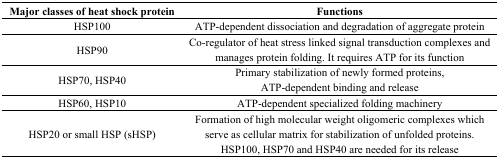
| Major classes of heat shock protein | Functions |
 | --- | --- |
 | HSP100 | ATP-dependent dissociation and degradation of aggregate protein |
 | HSP90 | Co-regulator of heat stress linked signal transduction complexes and manages protein folding. It requires ATP for its function |
 | HSP70, HSP40 | Primary stabilization of newly formed proteins, ATP-dependent binding and release |
 | HSP60, HSP10 | ATP-dependent specialized folding machinery |
 | HSP20 or small HSP (sHSP) | Formation of high molecular weight oligomeric complexes which serve as cellular matrix for stabilization of unfolded proteins. HSP100, HSP70 and HSP40 are needed for its release |